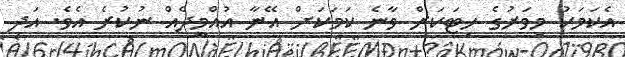
އެކަމަކު މިވަރުގެ ހިޓަކަށް ވާނެ ކަމަކަށް އޭނާ އުއްމީދެއް ނުކުރެ އެވެ. އަދި